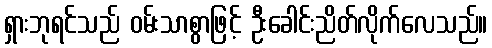
ရှားဘုရင်သည် ဝမ်းသာစွာဖြင့် ဦးခေါင်းညိတ်လိုက်လေသည်။